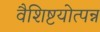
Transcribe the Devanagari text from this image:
वैशिष्टयोत्पन्न